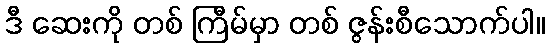
ဒီ ဆေးကို တစ် ကြီမ်မှာ တစ် ဇွန်းစီသောက်ပါ။